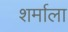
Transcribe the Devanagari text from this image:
शर्माला